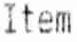
ITEM